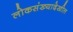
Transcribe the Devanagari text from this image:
लोकसंख्यादेखील